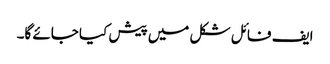
ایف فائل شکل میں پیش کیا جائے گا۔